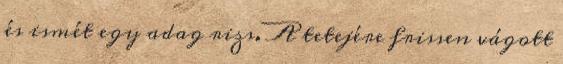
és ismét egy adag rizs. A tetejére frissen vágott